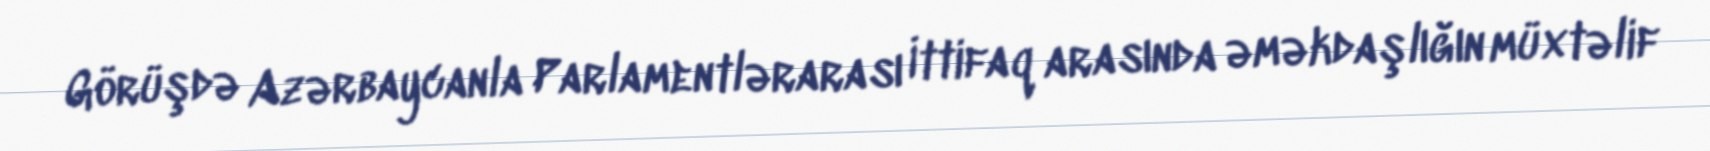
Görüşdə Azərbaycanla Parlamentlərarası İttifaq arasında əməkdaşlığın müxtəlif